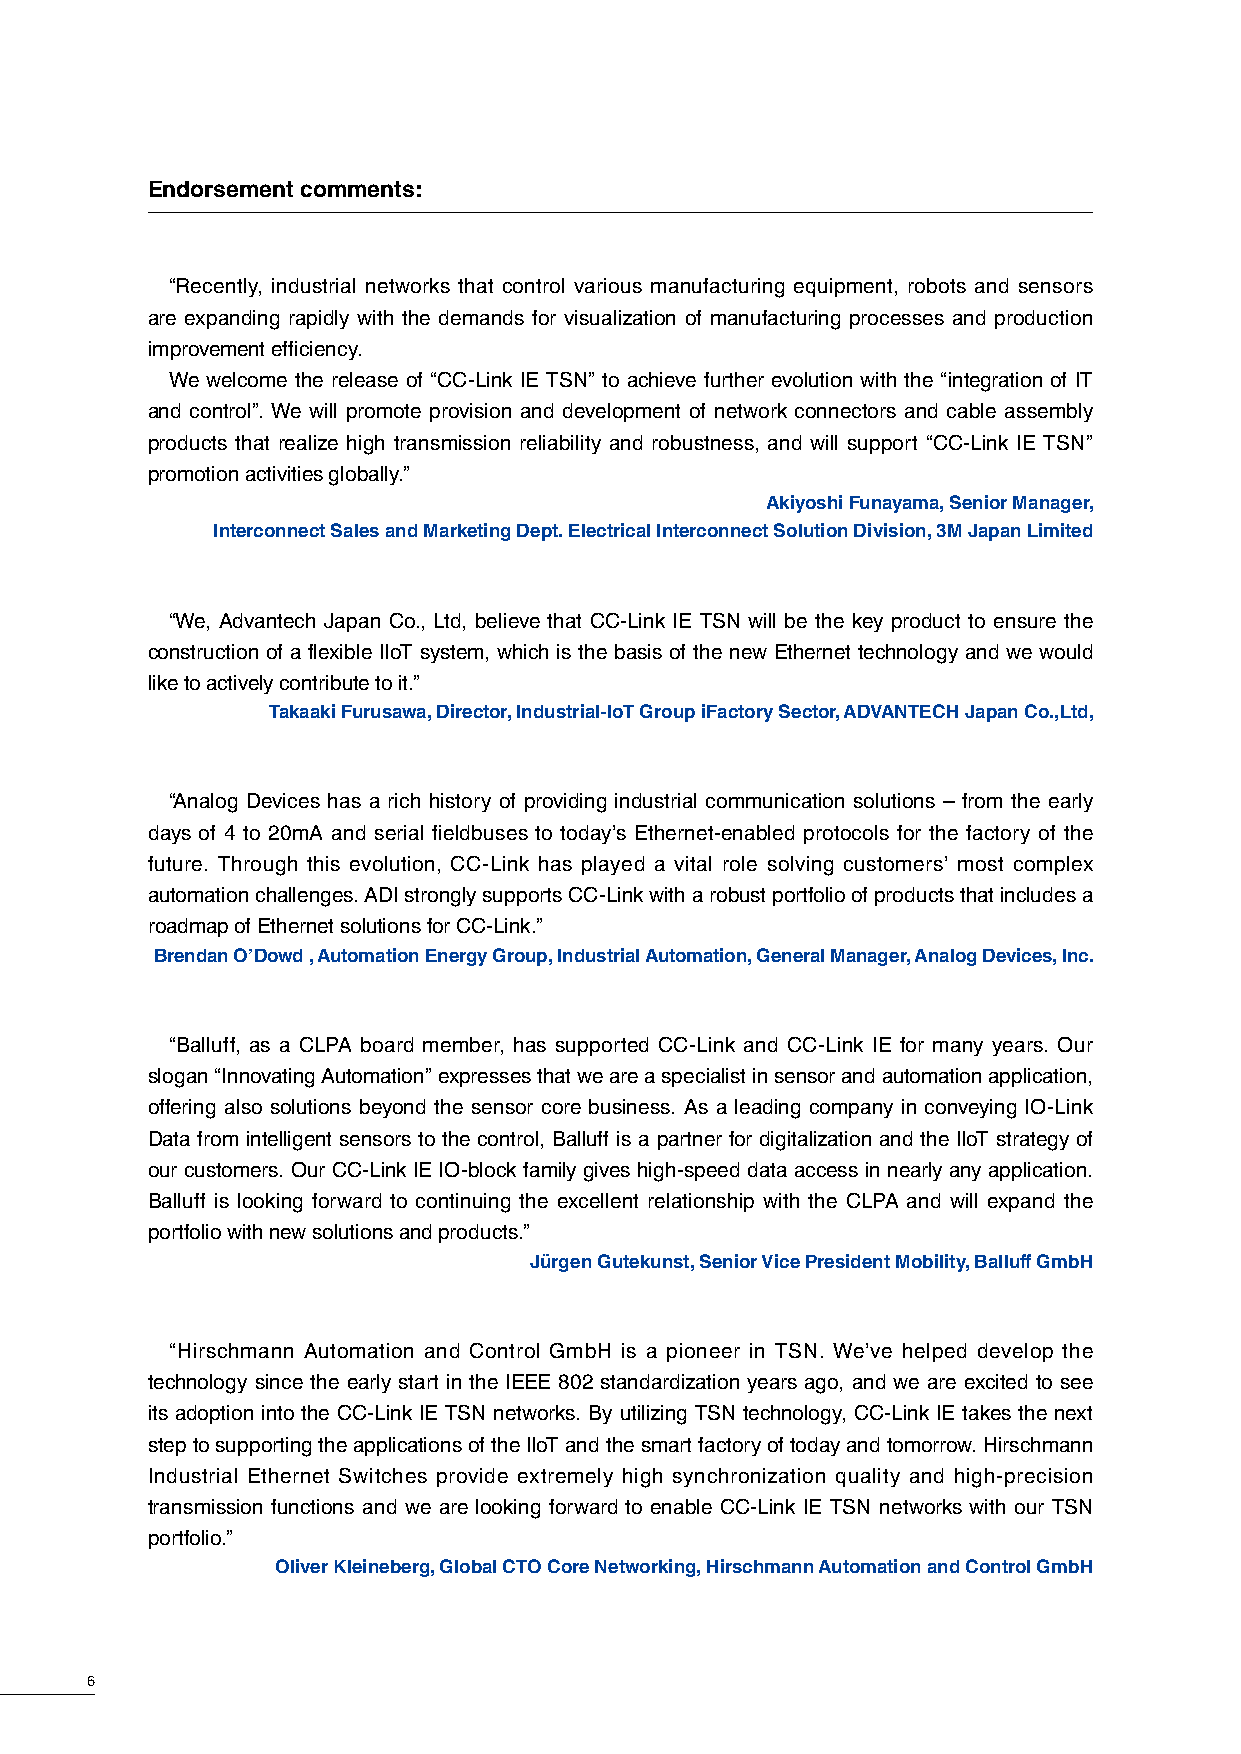
Endorsement comments:
 “Recently, industrial networks that control various manufacturing equipment, robots and sensors
 are expanding rapidly with the demands for visualization of manufacturing processes and production
 improvement efficiency.
 We welcome the release of “CC-Link IE TSN” to achieve further evolution with the “integration of IT
 and control”. We will promote provision and development of network connectors and cable assembly
 products that realize high transmission reliability and robustness, and will support “CC-Link IE TSN”
 promotion activities globally.”
 Akiyoshi Funayama, Senior Manager,
 Interconnect Sales and Marketing Dept. Electrical Interconnect Solution Division, 3M Japan Limited
 “We, Advantech Japan Co., Ltd, believe that CC-Link IE TSN will be the key product to ensure the
 construction of a flexible IIoT system, which is the basis of the new Ethernet technology and we would
 like to actively contribute to it.”
 Takaaki Furusawa, Director, Industrial-IoT Group iFactory Sector, ADVANTECH Japan Co.,Ltd,
 “Analog Devices has a rich history of providing industrial communication solutions – from the early
 days of 4 to 20mA and serial fieldbuses to today’s Ethernet-enabled protocols for the factory of the
 future. Through this evolution, CC-Link has played a vital role solving customers’ most complex
 automation challenges. ADI strongly supports CC-Link with a robust portfolio of products that includes a
 roadmap of Ethernet solutions for CC-Link.”
 Brendan O’Dowd , Automation Energy Group, Industrial Automation, General Manager, Analog Devices, Inc.
 “Balluff, as a CLPA board member, has supported CC-Link and CC-Link IE for many years. Our
 slogan “Innovating Automation” expresses that we are a specialist in sensor and automation application,
 offering also solutions beyond the sensor core business. As a leading company in conveying IO-Link
 Data from intelligent sensors to the control, Balluff is a partner for digitalization and the IIoT strategy of
 our customers. Our CC-Link IE IO-block family gives high-speed data access in nearly any application.
 Balluff is looking forward to continuing the excellent relationship with the CLPA and will expand the
 portfolio with new solutions and products.”
 Jürgen Gutekunst, Senior Vice President Mobility, Balluff GmbH
 “Hirschmann Automation and Control GmbH is a pioneer in TSN. We’ve helped develop the
 technology since the early start in the IEEE 802 standardization years ago, and we are excited to see
 its adoption into the CC-Link IE TSN networks. By utilizing TSN technology, CC-Link IE takes the next
 step to supporting the applications of the IIoT and the smart factory of today and tomorrow. Hirschmann
 Industrial Ethernet Switches provide extremely high synchronization quality and high-precision
 transmission functions and we are looking forward to enable CC-Link IE TSN networks with our TSN
 portfolio.”
 Oliver Kleineberg, Global CTO Core Networking, Hirschmann Automation and Control GmbH
 6